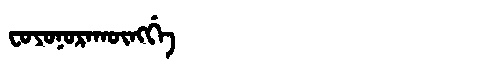
Manchu: ᠸᠣᠶᠣᠨᠣᡵᠠᡴᡡᠩᡤᡝ
Romanization: FOYONORAKŪNGGE